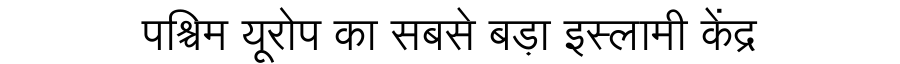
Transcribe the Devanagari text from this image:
पश्चिम यूरोप का सबसे बड़ा इस्लामी केंद्र